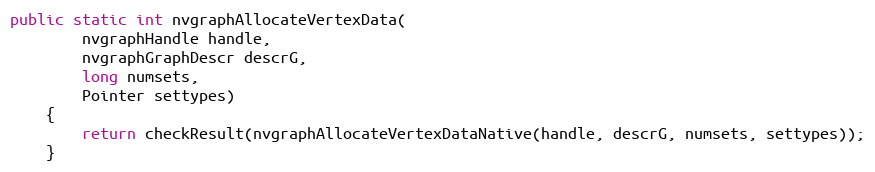
Language: Java
public static int nvgraphAllocateVertexData(
        nvgraphHandle handle,
        nvgraphGraphDescr descrG,
        long numsets,
        Pointer settypes)
    {
        return checkResult(nvgraphAllocateVertexDataNative(handle, descrG, numsets, settypes));
    }